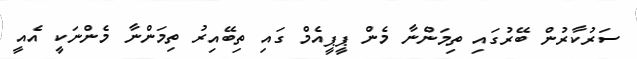
ސަރުކާރުން ބޭރުގައި ތިމަންނާ މެން ޕީޕީއެމް ގައި ތިބޭއިރު ތިމަންނާ މެންނަކީ އެއީ